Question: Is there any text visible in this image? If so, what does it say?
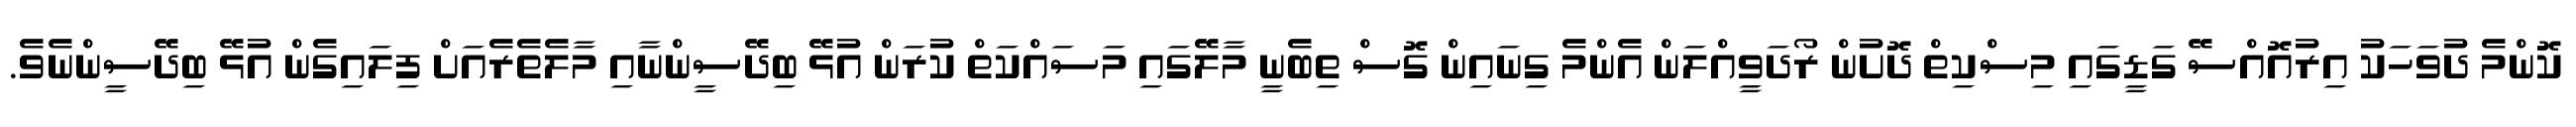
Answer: ކޮންމެ ދުވަހަކު އިރުއޮއްސޭ ގަޑީގައި މިސްކިތް ދޮށުން ރޯދަވީއްލަން އެންމެ ގިނައިން ގޮސް ތިބެނީ މާލޭގައި މަސައްކަތް ކުރަން އުޅޭ ބިދޭސީންނާއި މާލެތެރެއަށް ފިލައިގެން އުޅޭ ބިދޭސީންނެވެ.